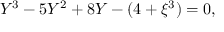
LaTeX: { { \cal { Y } } } ^ { 3 } - 5 { { \cal { Y } } } ^ { 2 } + 8 { \cal { Y } } - ( 4 + \xi ^ { 3 } ) = 0 ,